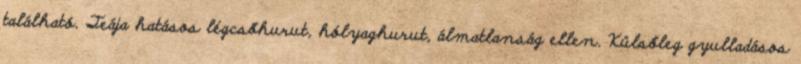
található. Teája hatásos légcsőhurut, hólyaghurut, álmatlanság ellen. Külsőleg gyulladásos